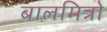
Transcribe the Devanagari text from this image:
बालमित्रो